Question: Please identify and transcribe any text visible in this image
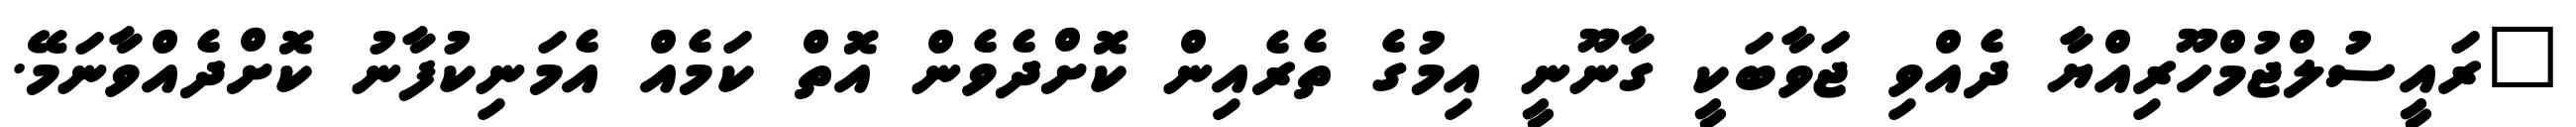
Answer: "ރައީސުލްޖުމްހޫރިއްޔާ ދެއްވި ޖަވާބަކީ ގާނޫނީ އިމުގެ ތެރެއިން ކޮށްދެވެން އޮތް ކަމެއް އެމަނިކުފާނު ކޮށްދެއްވާނަމޭ.